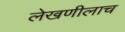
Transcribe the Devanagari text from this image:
लेखणीलाच